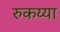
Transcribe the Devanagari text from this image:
रुकय्या